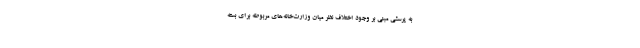
به پرسشی مبنی بر وجود اختلاف نظر میان وزارت‌خانه‌های مربوطه برای بسته